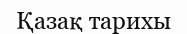
Қазақ тарихы